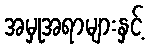
အမှုအရာများနှင့်